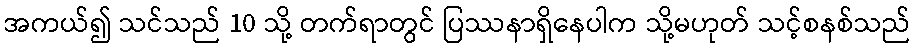
အကယ်၍ သင်သည် 10 သို့ တက်ရာတွင် ပြဿနာရှိနေပါက သို့မဟုတ် သင့်စနစ်သည်